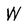
Character: W